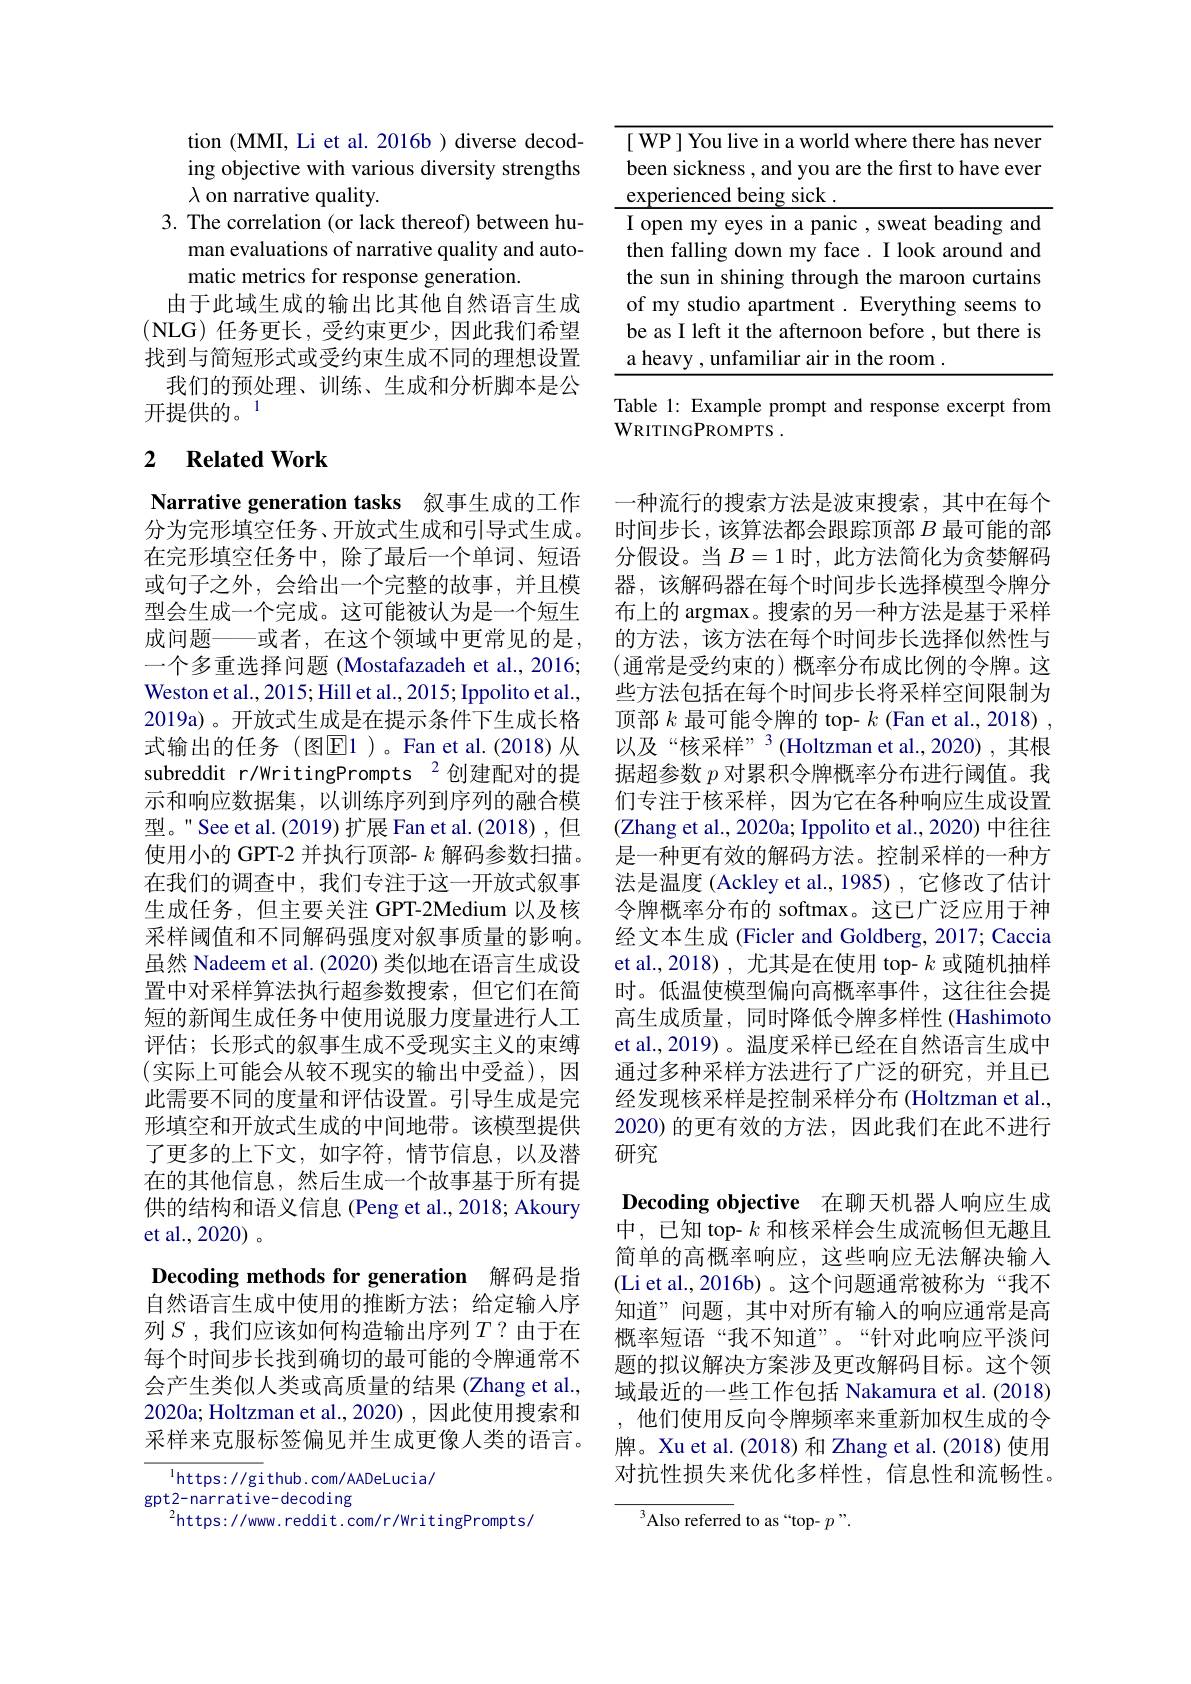
tion (MMI, Li et al. 2016b) diverse decoding objective with various diversity strengths $\lambda$ on narrative quality
3. The correlation (or lack thereof) between hu-
man evaluations of narrative quality and auto-
matic metrics for response generation.
由于此域生成的输出比其他自然语言生成(NLG)任务更长，受约束更少，因此我们希望找到与简短形式或受约束生成不同的理想设置
我们的预处理、训练、生成和分析脚本是公
开提供的。1

### 2 $\textbf{Related Work}$

Narrative generation tasks 叙事生成的工作分为完形填空任务、开放式生成和引导式生成。在完形填空任务中，除了最后一个单词、短语或句子之外，会给出一个完整的故事，并且模型会生成一个完成。这可能被认为是一个短生成问题——或者，在这个领域中更常见的是， 一个多重选择问题 (Mostafazadeh et al.,2016; Weston et al., 2015; Hill et al., 2015; Ippolito et al., 2019a)。开放式生成是在提示条件下生成长格式输出的任务(图$\boxed{\mathrm{E}}1$)。Fan et al.(2018)从subreddit r/WritingPrompts 2创建配对的提示和响应数据集，以训练序列到序列的融合模型。" See et al.(2019) 扩展 Fan et al.(2018),但使用小的 GPT-2 并执行顶部- $k$解码参数扫描。在我们的调查中，我们专注于这一开放式叙事生成任务，但主要关注 GPT-2Medium 以及核采样阈值和不同解码强度对叙事质量的影响。虽然 Nadeem et al. (2020) 类似地在语言生成设置中对采样算法执行超参数搜索，但它们在简短的新闻生成任务中使用说服力度量进行人工评估；长形式的叙事生成不受现实主义的束缚(实际上可能会从较不现实的输出中受益),因此需要不同的度量和评估设置。引导生成是完形填空和开放式生成的中间地带。该模型提供了更多的上下文，如字符，情节信息，以及潜在的其他信息，然后生成一个故事基于所有提供的结构和语义信息 (Peng et al., 2018; Akoury et al., 2020)。
Decoding methods for generation 解码是指自然语言生成中使用的推断方法；给定输入序列$S$ ,我们应该如何构造输出序列$T?$由于在

每个时间步长找到确切的最可能的令牌通常不会产生类似人类或高质量的结果 (Zhang et al., 2020a; Holtzman et al.,2020), 因此使用搜索和采样来克服标签偏见并生成更像人类的语言。

$^{1}$https: / / gi thub. com/ AADeLucia/
gpt2-narrative-decoding
$^{2}$https://www.reddit.com/r/WritingPrompts/

<table>
	<tbody>
		<tr>
			<td> </td>
			<td>P | You live in a world where there has never</td>
		</tr>
		<tr>
			<td> </td>
			<td>maroon curtains</td>
		</tr>
		<tr>
			<td> </td>
			<td>$mv$ $\iota$ studio $a$ apartment t.Evervthing T seems to</td>
		</tr>
		<tr>
			<td> </td>
			<td>as I left it the afternoon before , but there is</td>
		</tr>
		<tr>
			<td> </td>
			<td>eavy ,unfamiliar air in the room .</td>
		</tr>
	</tbody>
</table>

Table 1: Example prompt and response excerpt from
WRITINGPROMPTS .

一种流行的搜索方法是波束搜索，其中在每个时间步长，该算法都会跟踪顶部$B$最可能的部分假设。当$B=1$时，此方法简化为贪婪解码器，该解码器在每个时间步长选择模型令牌分布上的 argmax。搜索的另一种方法是基于采样的方法，该方法在每个时间步长选择似然性与(通常是受约束的)概率分布成比例的令牌。这些方法包括在每个时间步长将采样空间限制为顶部$k$最可能令牌的 top- $k$ (Fan et al., 2018) , 以及“核采样” 3 (Holtzman et al.,2020),其根据超参数$p$对累积令牌概率分布进行阈值。我们专注于核采样，因为它在各种响应生成设置(Zhang et al., 2020a; Ippolito et al., 2020) 中往往是一种更有效的解码方法。控制采样的一种方法是温度 (Ackley et al., 1985) , 它修改了估计令牌概率分布的 softmax。这已广泛应用于神经文本生成 (Ficler and Goldberg, 2017; Caccia et al.,2018), 尤其是在使用 top- $k$或随机抽样时。低温使模型偏向高概率事件，这往往会提高生成质量，同时降低令牌多样性(Hashimoto et al.,2019)。温度采样已经在自然语言生成中通过多种采样方法进行了广泛的研究，并且已经发现核采样是控制采样分布 (Holtzman et al., 2020)的更有效的方法，因此我们在此不进行研究

Decoding objective 在聊天机器人响应生成中，已知 top- $k$和核采样会生成流畅但无趣且简单的高概率响应，这些响应无法解决输入(Li et al., 2016b)。这个问题通常被称为“我不知道”问题，其中对所有输入的响应通常是高概率短语“我不知道”。“针对此响应平淡问题的拟议解决方案涉及更改解码目标。这个领域最近的一些工作包括 Nakamura et al. (2018) ,他们使用反向令牌频率来重新加权生成的令牌。Xu et al.(2018) 和 Zhang et al.(2018) 使用对抗性损失来优化多样性，信息性和流畅性。

$^3$Also referred to as “top- p”.